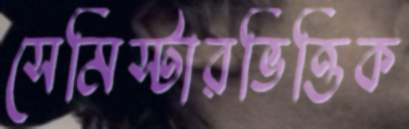
সেমিস্টারভিত্তিক